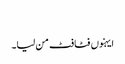
‏
ایہنوں فٹافٹ من لیا۔